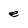
Character: e